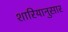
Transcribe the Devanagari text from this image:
शारियानुसार